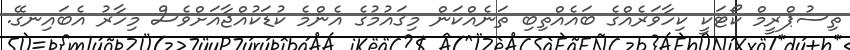
ތިސުޕްރީމް ކޯޓަކީ ކިހާވަރެއްގެ ބައެއްތިބި ތަނެއްކަން މިޤައުމުގެ އެންމެ ކުޑަކުއްޖާއަށްވެސް މިހާރު އެބައިނގޭ.